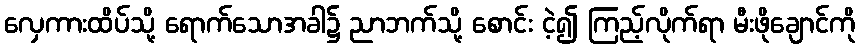
လှေကားထိပ်သို့ ရောက်သောအခါ၌ ညာဘက်သို့ စောင်း ငဲ့၍ ကြည့်လိုက်ရာ မီးဖိုချောင်ကို